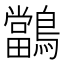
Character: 𪇁